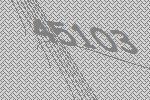
45103